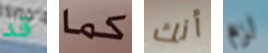
قد كما أنك لزم